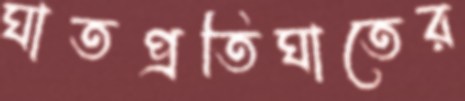
ঘাতপ্রতিঘাতের